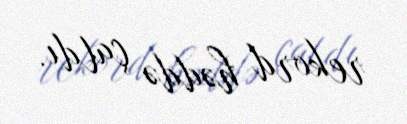
rekord həddə çatdı.